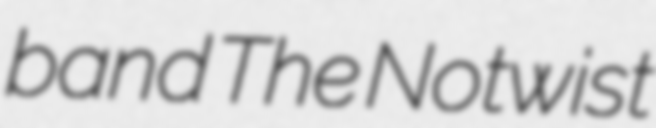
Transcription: band The Notwist